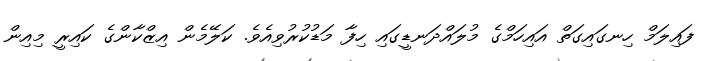
ފައިލަމް ހިނގައިގަތް އައިހަމްގެ މުލައްދަނޑީގައި ހިފާ މަޑުކުރުވިއެވެ. ކަލޭމެން އިޒްކާންގެ ކައިރީ މިއިން